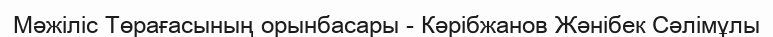
Мәжіліс Төрағасының орынбасары - Кәрібжанов Жәнібек Сәлімұлы